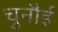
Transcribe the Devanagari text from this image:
चुनौई